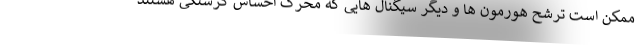
ممکن است ترشح هورمون ها و دیگر سیگنال هایی که محرک احساس گرسنگی هستند